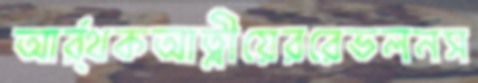
আর্র্থকআত্নীয়েররেভলনস